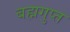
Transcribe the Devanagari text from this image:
बह्मगुप्त